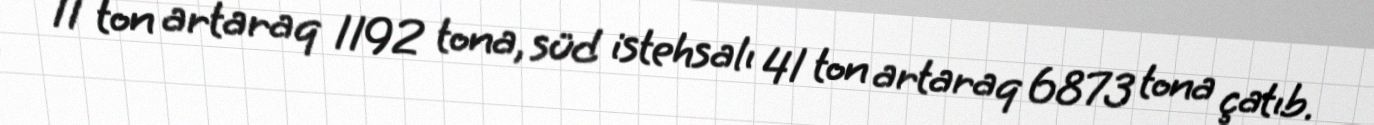
11 ton artaraq 1192 tona, süd istehsalı 41 ton artaraq 6873 tona çatıb.